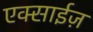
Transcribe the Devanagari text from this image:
एक्साईज़